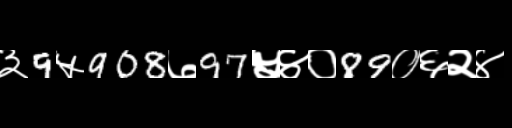
Text: ३9५908७97५४०89०६२४